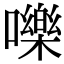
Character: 嚛